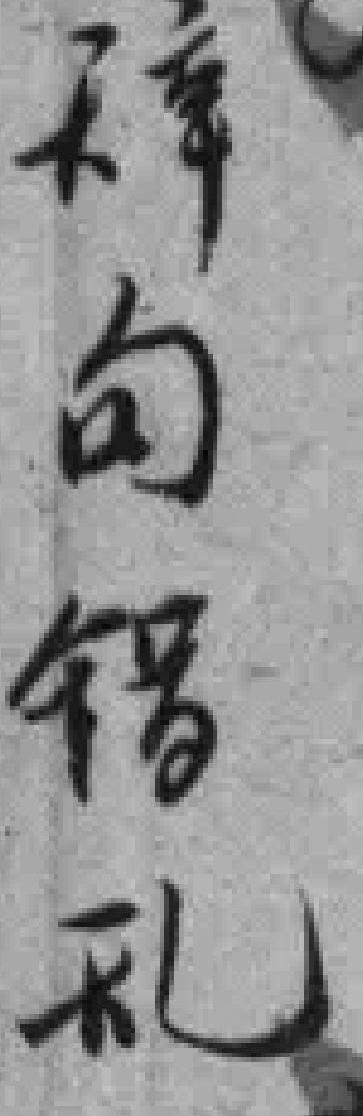
辞句错乱